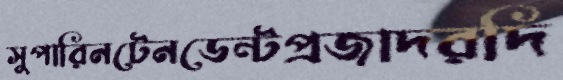
সুপারিনটেনডেন্টপ্রজাদরদি